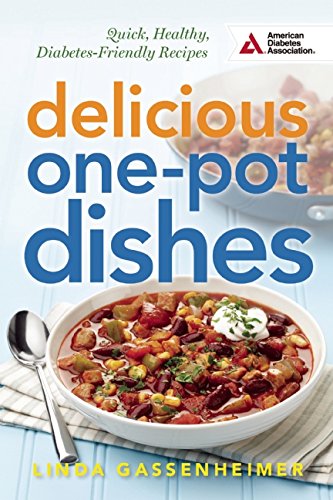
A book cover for Delicious One-Pot Dishes: Quick, Healthy, Diabetes-Friendly Recipes; Linda Gassenheimer; Cookbooks, Food & Wine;